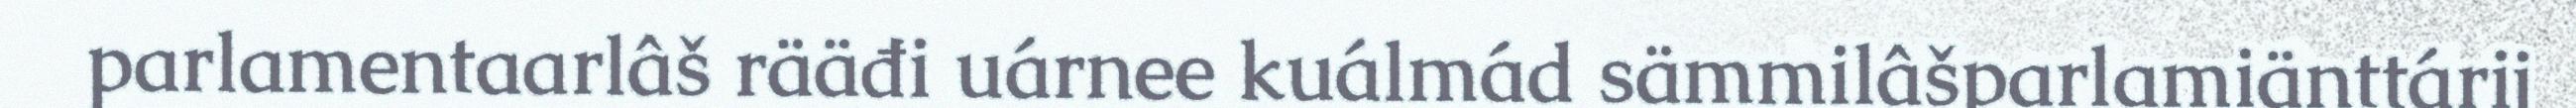
parlamentaarlâš rääđi uárnee kuálmád sämmilâšparlamiänttárij